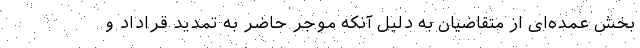
بخش عمده‌ای از متقاضیان به دلیل آنکه موجر حاضر به تمدید قراداد و